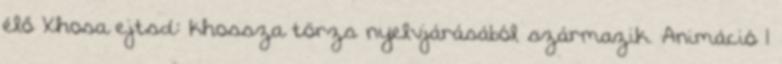
élő Xhosa ejtsd: khossza törzs nyelvjárásából származik. Animáció 1